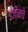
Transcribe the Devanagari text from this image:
इंजींनचे